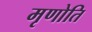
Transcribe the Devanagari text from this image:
मृणोति